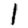
Digit: 1